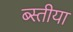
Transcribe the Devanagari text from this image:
ब्स्तीया